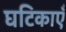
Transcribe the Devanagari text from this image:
घटिकाएँ